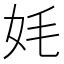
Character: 㚪